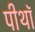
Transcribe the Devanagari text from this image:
पीथॉ